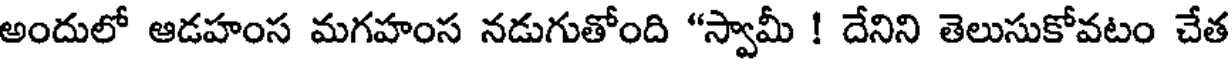
అందులో ఆడహంస మగహంస నడుగుతోంది "స్వామీ ! దేనిని తెలుసుకోవటం చేత